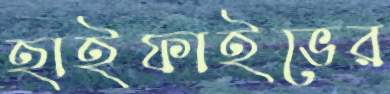
হাইফাইভের